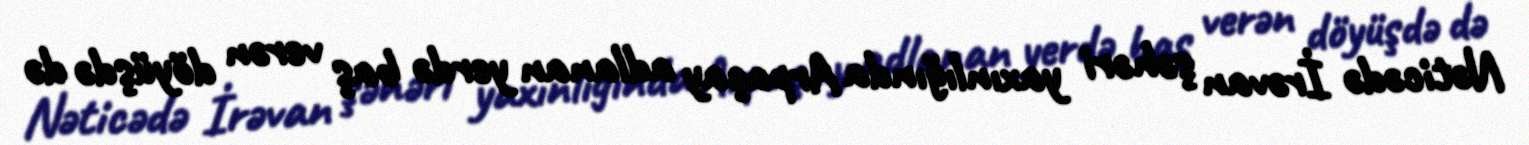
Nəticədə İrəvan şəhəri yaxınlığında Arpaçay adlanan yerdə baş verən döyüşdə də